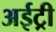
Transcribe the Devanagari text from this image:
अईट्री